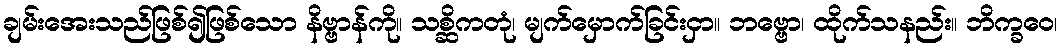
ချမ်းအေးသည်ဖြစ်၍ဖြစ်သော နိဗ္ဗာန်ကို။ သစ္ဆိကတုံ၊ မျက်မှောက်ခြင်းငှာ။ ဘဗ္ဗော၊ ထိုက်သနည်း။ ဘိက္ခဝေ၊